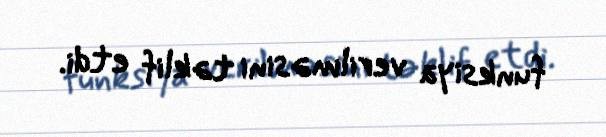
funksiya verilməsini təklif etdi.